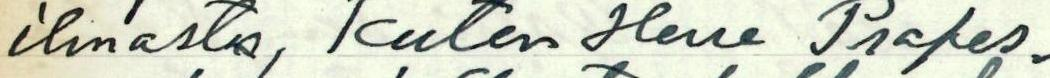
ilmasta, Kuten Herra Profes=